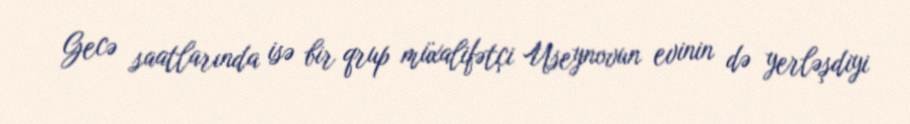
Gecə saatlarında isə bir qrup müxalifətçi Useynovun evinin də yerləşdiyi